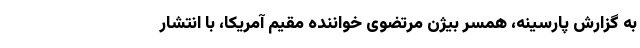
به گزارش پارسینه، همسر بیژن مرتضوی خواننده مقیم آمریکا، با انتشار